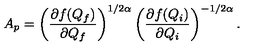
A _ { p } = \left( \frac { \partial f ( Q _ { f } ) } { \partial Q _ { f } } \right) ^ { 1 / 2 \alpha } \left( \frac { \partial f ( Q _ { i } ) } { \partial Q _ { i } } \right) ^ { - 1 / 2 \alpha } .